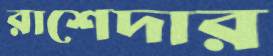
রাশেদার